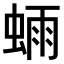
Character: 𫋃